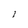
Character: I